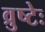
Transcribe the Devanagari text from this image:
व्रुष्टेः